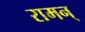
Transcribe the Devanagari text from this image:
रामन्‌